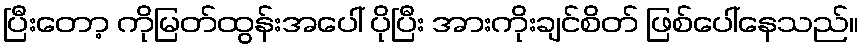
ပြီးတော့ ကိုမြတ်ထွန်းအပေါ် ပိုပြီး အားကိုးချင်စိတ် ဖြစ်ပေါ်နေသည်။